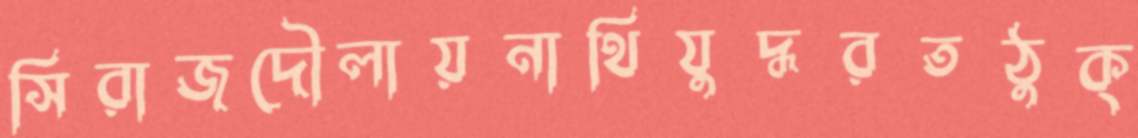
সিরাজদৌলায়নাথিযুদ্ধরতঠুক্